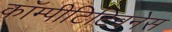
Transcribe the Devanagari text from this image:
कॉम्पीटिटिवनेस